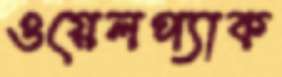
ওয়েলপ্যাক